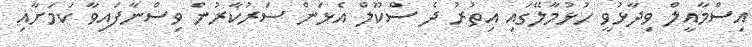
އިސްމާއީލް ވިދާޅުވީ ހުޅުމާލޭގައި އިތުރު ދެ ސްކޫލް އެޅަން ސަރުކާރުން ވިސްނާފައިވާ ކަމަށާއި